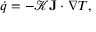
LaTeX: { \dot { q } } = - { \mathcal { K } } \mathbf { J } \cdot \nabla T ,